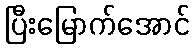
ပြီးမြောက်အောင်